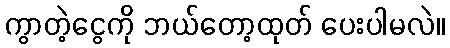
ကွာတဲ့ငွေကို ဘယ်တော့ထုတ် ပေးပါမလဲ။